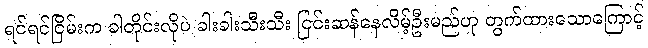
ရင်ရင်ငြိမ်းက ခါတိုင်းလိုပဲ ခါးခါးသီးသီး ငြင်းဆန်နေလိမ့်ဦးမည်ဟု တွက်ထားသောကြောင့်